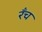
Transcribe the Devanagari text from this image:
रँच